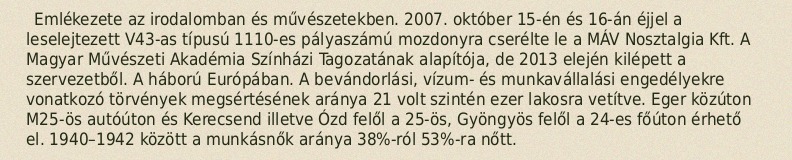
Emlékezete az irodalomban és művészetekben. 2007. október 15-én és 16-án éjjel a leselejtezett V43-as típusú 1110-es pályaszámú mozdonyra cserélte le a MÁV Nosztalgia Kft. A Magyar Művészeti Akadémia Színházi Tagozatának alapítója, de 2013 elején kilépett a szervezetből. A háború Európában. A bevándorlási, vízum- és munkavállalási engedélyekre vonatkozó törvények megsértésének aránya 21 volt szintén ezer lakosra vetítve. Eger közúton M25-ös autóúton és Kerecsend illetve Ózd felől a 25-ös, Gyöngyös felől a 24-es főúton érhető el. 1940–1942 között a munkásnők aránya 38%-ról 53%-ra nőtt.